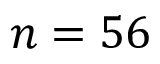
n = 5 6